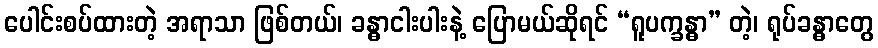
ပေါင်းစပ်ထားတဲ့ အရာသာ ဖြစ်တယ်၊ ခန္ဓာငါးပါးနဲ့ ပြောမယ်ဆိုရင် “ရူပက္ခန္ဓာ” တဲ့၊ ရုပ်ခန္ဓာတွေ